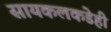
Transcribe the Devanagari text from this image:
सायकलकडेही